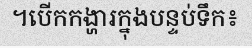
។បើកកង្ហារក្នុងបន្ទប់ទឹក៖